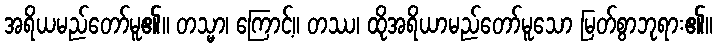
အရိယမည်တော်မူ၏။ တသ္မာ၊ ကြောင့်။ တဿ၊ ထိုအရိယာမည်တော်မူသော မြတ်စွာဘုရား၏။